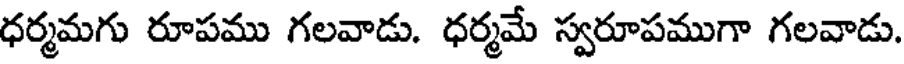
ధర్మమగు రూపము గలవాడు. ధర్మమే స్వరూపముగా గలవాడు.